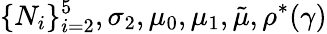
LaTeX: \{ N_{i}\} _{i=2}^{5},\sigma_{2},\mu_{0},\mu_{1},\tilde{\mu},\rho^{\ast}(\gamma)